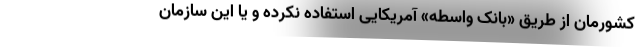
کشورمان از طریق «بانک واسطه» آمریکایی استفاده نکرده و یا این سازمان